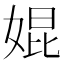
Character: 婫